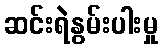
ဆင်းရဲနွမ်းပါးမှု